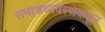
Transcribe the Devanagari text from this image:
समाजव्यवस्थेकडून